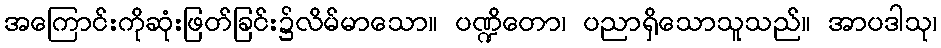
အကြောင်းကိုဆုံးဖြတ်ခြင်း၌လိမ်မာသော။ ပဏ္ဍိတော၊ ပညာရှိသောသူသည်။ အာပဒါသု၊